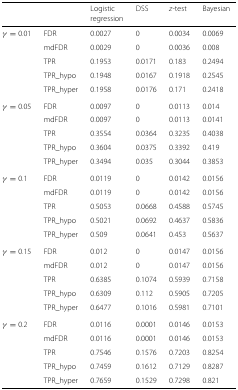
<table><thead><tr><td></td><td></td><td><b>Logistic</b></td><td><b>DSS</b></td><td><b><i>z</i>-test</b></td><td><b>Bayesian</b></td></tr><tr><td></td><td></td><td><b>regression</b></td><td></td><td></td><td></td></tr></thead><tbody><tr><td><i>γ</i>=0.01</td><td>FDR</td><td>0.0027</td><td>0</td><td>0.0034</td><td>0.0069</td></tr><tr><td></td><td>mdFDR</td><td>0.0029</td><td>0</td><td>0.0036</td><td>0.008</td></tr><tr><td></td><td>TPR</td><td>0.1953</td><td>0.0171</td><td>0.183</td><td>0.2494</td></tr><tr><td></td><td>TPR_hypo</td><td>0.1948</td><td>0.0167</td><td>0.1918</td><td>0.2545</td></tr><tr><td></td><td>TPR_hyper</td><td>0.1958</td><td>0.0176</td><td>0.171</td><td>0.2418</td></tr><tr><td><i>γ</i>=0.05</td><td>FDR</td><td>0.0097</td><td>0</td><td>0.0113</td><td>0.014</td></tr><tr><td></td><td>mdFDR</td><td>0.0097</td><td>0</td><td>0.0113</td><td>0.0141</td></tr><tr><td></td><td>TPR</td><td>0.3554</td><td>0.0364</td><td>0.3235</td><td>0.4038</td></tr><tr><td></td><td>TPR_hypo</td><td>0.3604</td><td>0.0375</td><td>0.3392</td><td>0.419</td></tr><tr><td></td><td>TPR_hyper</td><td>0.3494</td><td>0.035</td><td>0.3044</td><td>0.3853</td></tr><tr><td><i>γ</i>=0.1</td><td>FDR</td><td>0.0119</td><td>0</td><td>0.0142</td><td>0.0156</td></tr><tr><td></td><td>mdFDR</td><td>0.0119</td><td>0</td><td>0.0142</td><td>0.0156</td></tr><tr><td></td><td>TPR</td><td>0.5053</td><td>0.0668</td><td>0.4588</td><td>0.5745</td></tr><tr><td></td><td>TPR_hypo</td><td>0.5021</td><td>0.0692</td><td>0.4637</td><td>0.5836</td></tr><tr><td></td><td>TPR_hyper</td><td>0.509</td><td>0.0641</td><td>0.453</td><td>0.5637</td></tr><tr><td><i>γ</i>=0.15</td><td>FDR</td><td>0.012</td><td>0</td><td>0.0147</td><td>0.0156</td></tr><tr><td></td><td>mdFDR</td><td>0.012</td><td>0</td><td>0.0147</td><td>0.0156</td></tr><tr><td></td><td>TPR</td><td>0.6385</td><td>0.1074</td><td>0.5939</td><td>0.7158</td></tr><tr><td></td><td>TPR_hypo</td><td>0.6309</td><td>0.112</td><td>0.5905</td><td>0.7205</td></tr><tr><td></td><td>TPR_hyper</td><td>0.6477</td><td>0.1016</td><td>0.5981</td><td>0.7101</td></tr><tr><td><i>γ</i>=0.2</td><td>FDR</td><td>0.0116</td><td>0.0001</td><td>0.0146</td><td>0.0153</td></tr><tr><td></td><td>mdFDR</td><td>0.0116</td><td>0.0001</td><td>0.0146</td><td>0.0153</td></tr><tr><td></td><td>TPR</td><td>0.7546</td><td>0.1576</td><td>0.7203</td><td>0.8254</td></tr><tr><td></td><td>TPR_hypo</td><td>0.7459</td><td>0.1612</td><td>0.7129</td><td>0.8287</td></tr><tr><td></td><td>TPR_hyper</td><td>0.7659</td><td>0.1529</td><td>0.7298</td><td>0.821</td></tr></tbody></table>